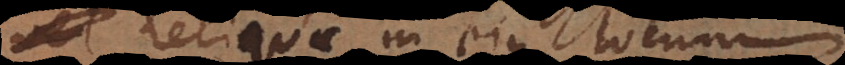
, reliquae in ejus locum